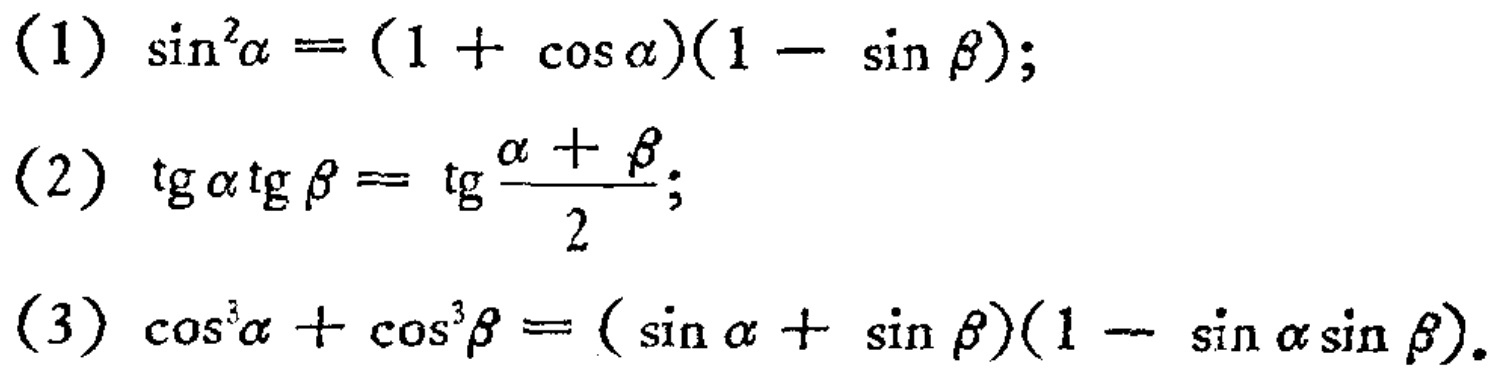
(1) \(\sin^{2}\alpha=(1 + \cos\alpha)(1 - \sin\beta)\);
(2) \(\tg\alpha\tg\beta=\tg\frac{\alpha+\beta}{2}\);
(3) \(\cos^{3}\alpha+\cos^{3}\beta=(\sin\alpha+\sin\beta)(1 - \sin\alpha\sin\beta)\).